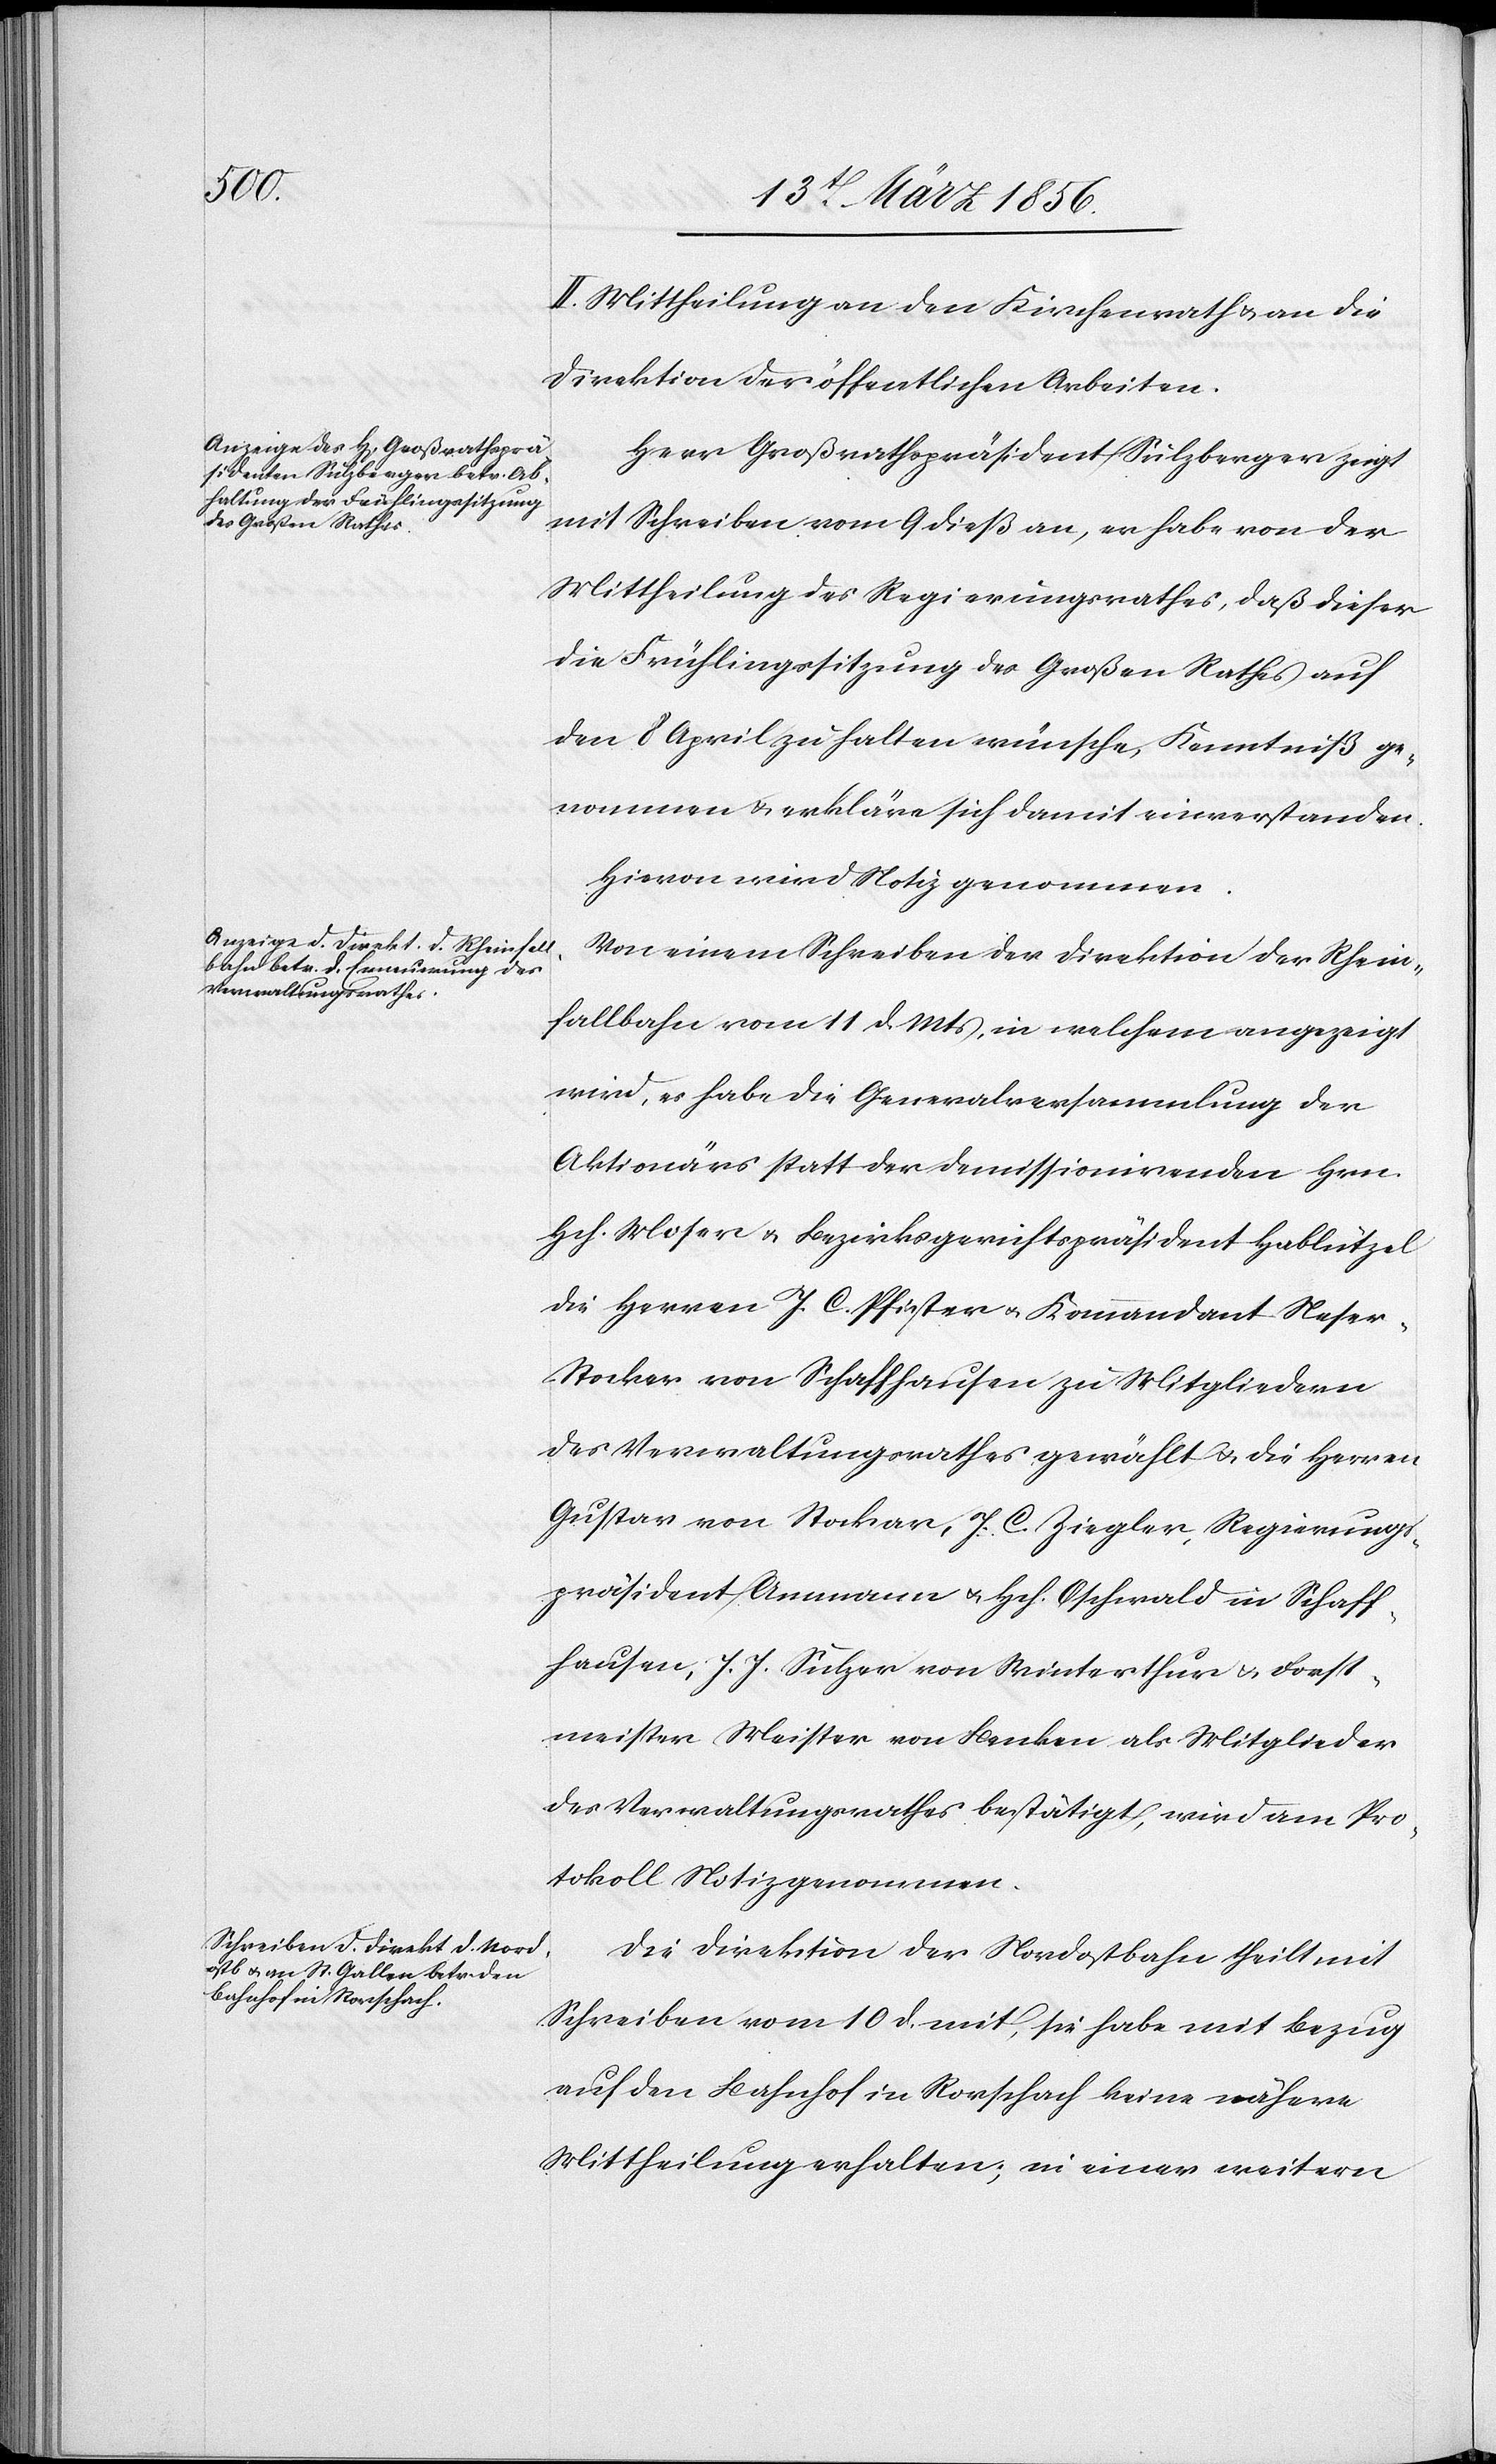
II. Mittheilung an den Kirchenrath & an die
Direktion der öffentlichen Arbeiten.
Herr Großrathspräsident Sulzberger zeigt
mit Schreiben vom 9 dieß an, er habe von der
Mittheilung des Regierungsrathes, daß dieser
die Frühlingssitzung des Großen Rathes auf
den 8 April zu halten wünsche, Kenntniß ge¬
nommen & erkläre sich damit einverstanden.
Hievon wird Notiz genommen.
Von einem Schreiben der Direktion der Rhein¬
fallbahn vom 11 d. Mts, in welchem angezeigt
wird, er habe die Generalversammlung der
Aktionärs statt der Demissionirenden Hrn.
Hch. Moser & Bezirksgerichtspräsident Hablützel
die Herren J. C. Pfister u. Kommandant Nese¬
r-Stocker von Schaffhausen zu Mitgliedern
des Verwaltungsrathes gewählt u. die Herren
Gustav von Stockar, J. C. Ziegler, Regierungs¬
präsident Ammann u. Hch. Oschwald in Schaff¬
hausen, J. J. Sulzer von Winterthur & Forst¬
meister Meister von Benken als Mitglieder
des Verwaltungsrathes bestätigt, wird am Pro¬
tokoll Notiz genommen.
Die Direktion der Nordostbahn theilt mit
Schreiben vom 10 d. mit, sie habe mit Bezug
auf den Bahnhof in Rorschach keine nähere
Mittheilung erhalten; in einer weitern